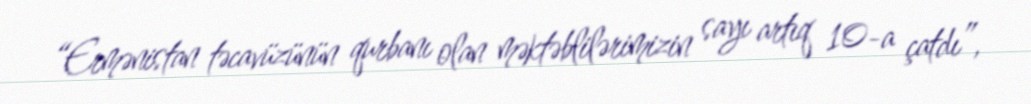
“Ermənistan təcavüzünün qurbanı olan məktəblilərimizin sayı artıq 10-a çatdı”,